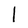
Character: 1